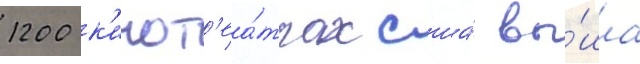
1200 к'инот'еа́трах сша́ вы́шла